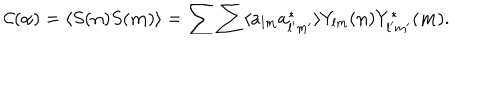
{ \mathcal C } ( \alpha ) = \langle S ( { \bf n } ) S ( { \bf m } ) \rangle = \sum \sum \langle a _ { l m } a _ { l ^ { \prime } m ^ { \prime } } ^ { * } \rangle Y _ { l m } ( { \bf n } ) Y _ { l ^ { \prime } m ^ { \prime } } ^ { * } ( { \bf m } ) .